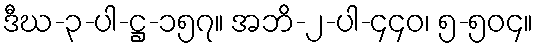
ဒီဃ-၃-ပါ-ဋ္ဌ-၁၅၇။ အဘိ-၂-ပါ-၄၄၀၊ ၅-၅၀၄။